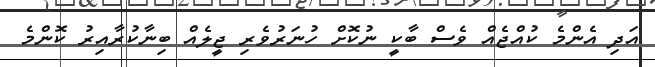
އަދި އެންމެ ކުއްޖެއް ވެސް ބާކީ ނުކޮށް ހުނަރުވެރި ޖީލެއް ބިނާކުރާއިރު ކޮންމެ